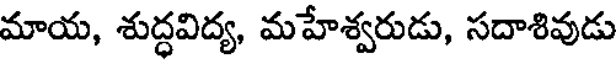
మాయ, శుద్ధవిద్య, మహేశ్వరుడు, సదాశివుడు